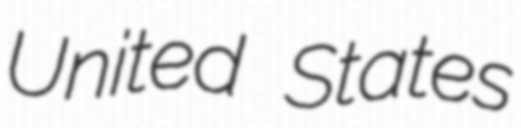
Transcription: United States